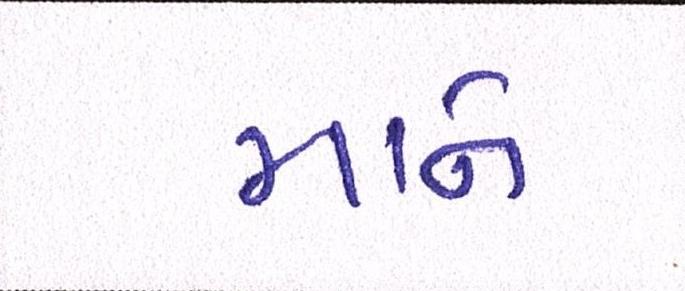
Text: માને